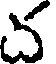
వ